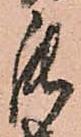
罷